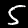
Digit: 5